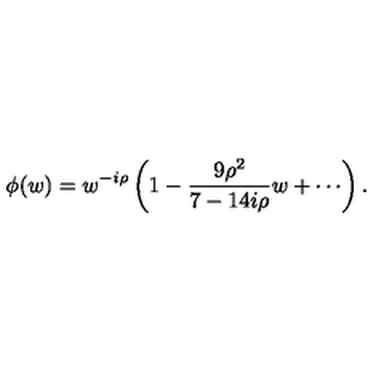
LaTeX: \phi ( w ) = w ^ { - i \rho } \left( 1 - { \frac { 9 \rho ^ { 2 } } { 7 - 1 4 i \rho } } w + \cdots \right) .